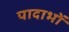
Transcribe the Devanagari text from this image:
पादाभों